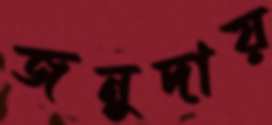
জনুদায়